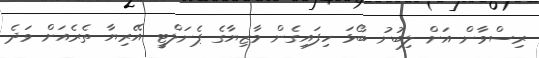
ރިސްވާން އަށް ލިބުނު ބޯޅަ ހިފައިގެން މާޒިޔާގެ ޕެނަލްޓީ އޭރިޔާ ތެރެއަށް ވަދެ